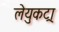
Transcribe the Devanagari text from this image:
लेयुकट्रा